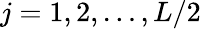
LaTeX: j=1,2,\dots,L/2